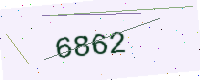
Text: 6862